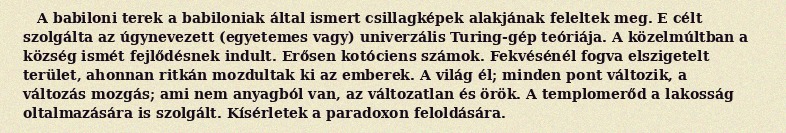
A babiloni terek a babiloniak által ismert csillagképek alakjának feleltek meg. E célt szolgálta az úgynevezett (egyetemes vagy) univerzális Turing-gép teóriája. A közelmúltban a község ismét fejlődésnek indult. Erősen kotóciens számok. Fekvésénél fogva elszigetelt terület, ahonnan ritkán mozdultak ki az emberek. A világ él; minden pont változik, a változás mozgás; ami nem anyagból van, az változatlan és örök. A templomerőd a lakosság oltalmazására is szolgált. Kísérletek a paradoxon feloldására.